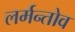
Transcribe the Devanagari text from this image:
लर्मन्तोव